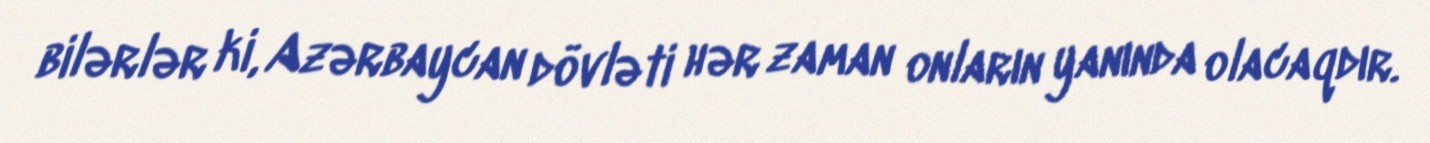
bilərlər ki, Azərbaycan dövləti hər zaman onların yanında olacaqdır.